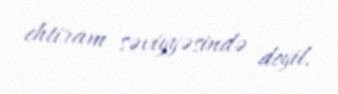
ehtiram səviyyəsində deyil.